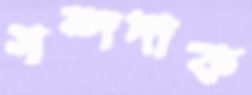
সম্পদাক